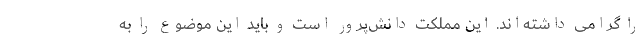
را گرامی داشته‌اند. این مملکت دانش‌پرور است و باید این موضوع را به